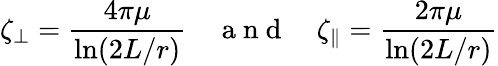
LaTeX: \zeta_{\perp}=\frac{4\pi\mu}{\ln(2L/r)}\quad\mathrm{~a~n~d~}\quad\zeta_{\parallel}=\frac{2\pi\mu}{\ln(2L/r)}